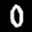
Label: 0